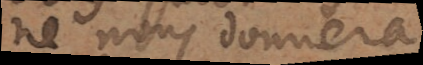
ne nous donnera